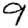
Digit: 9